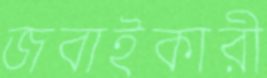
জবাইকারী